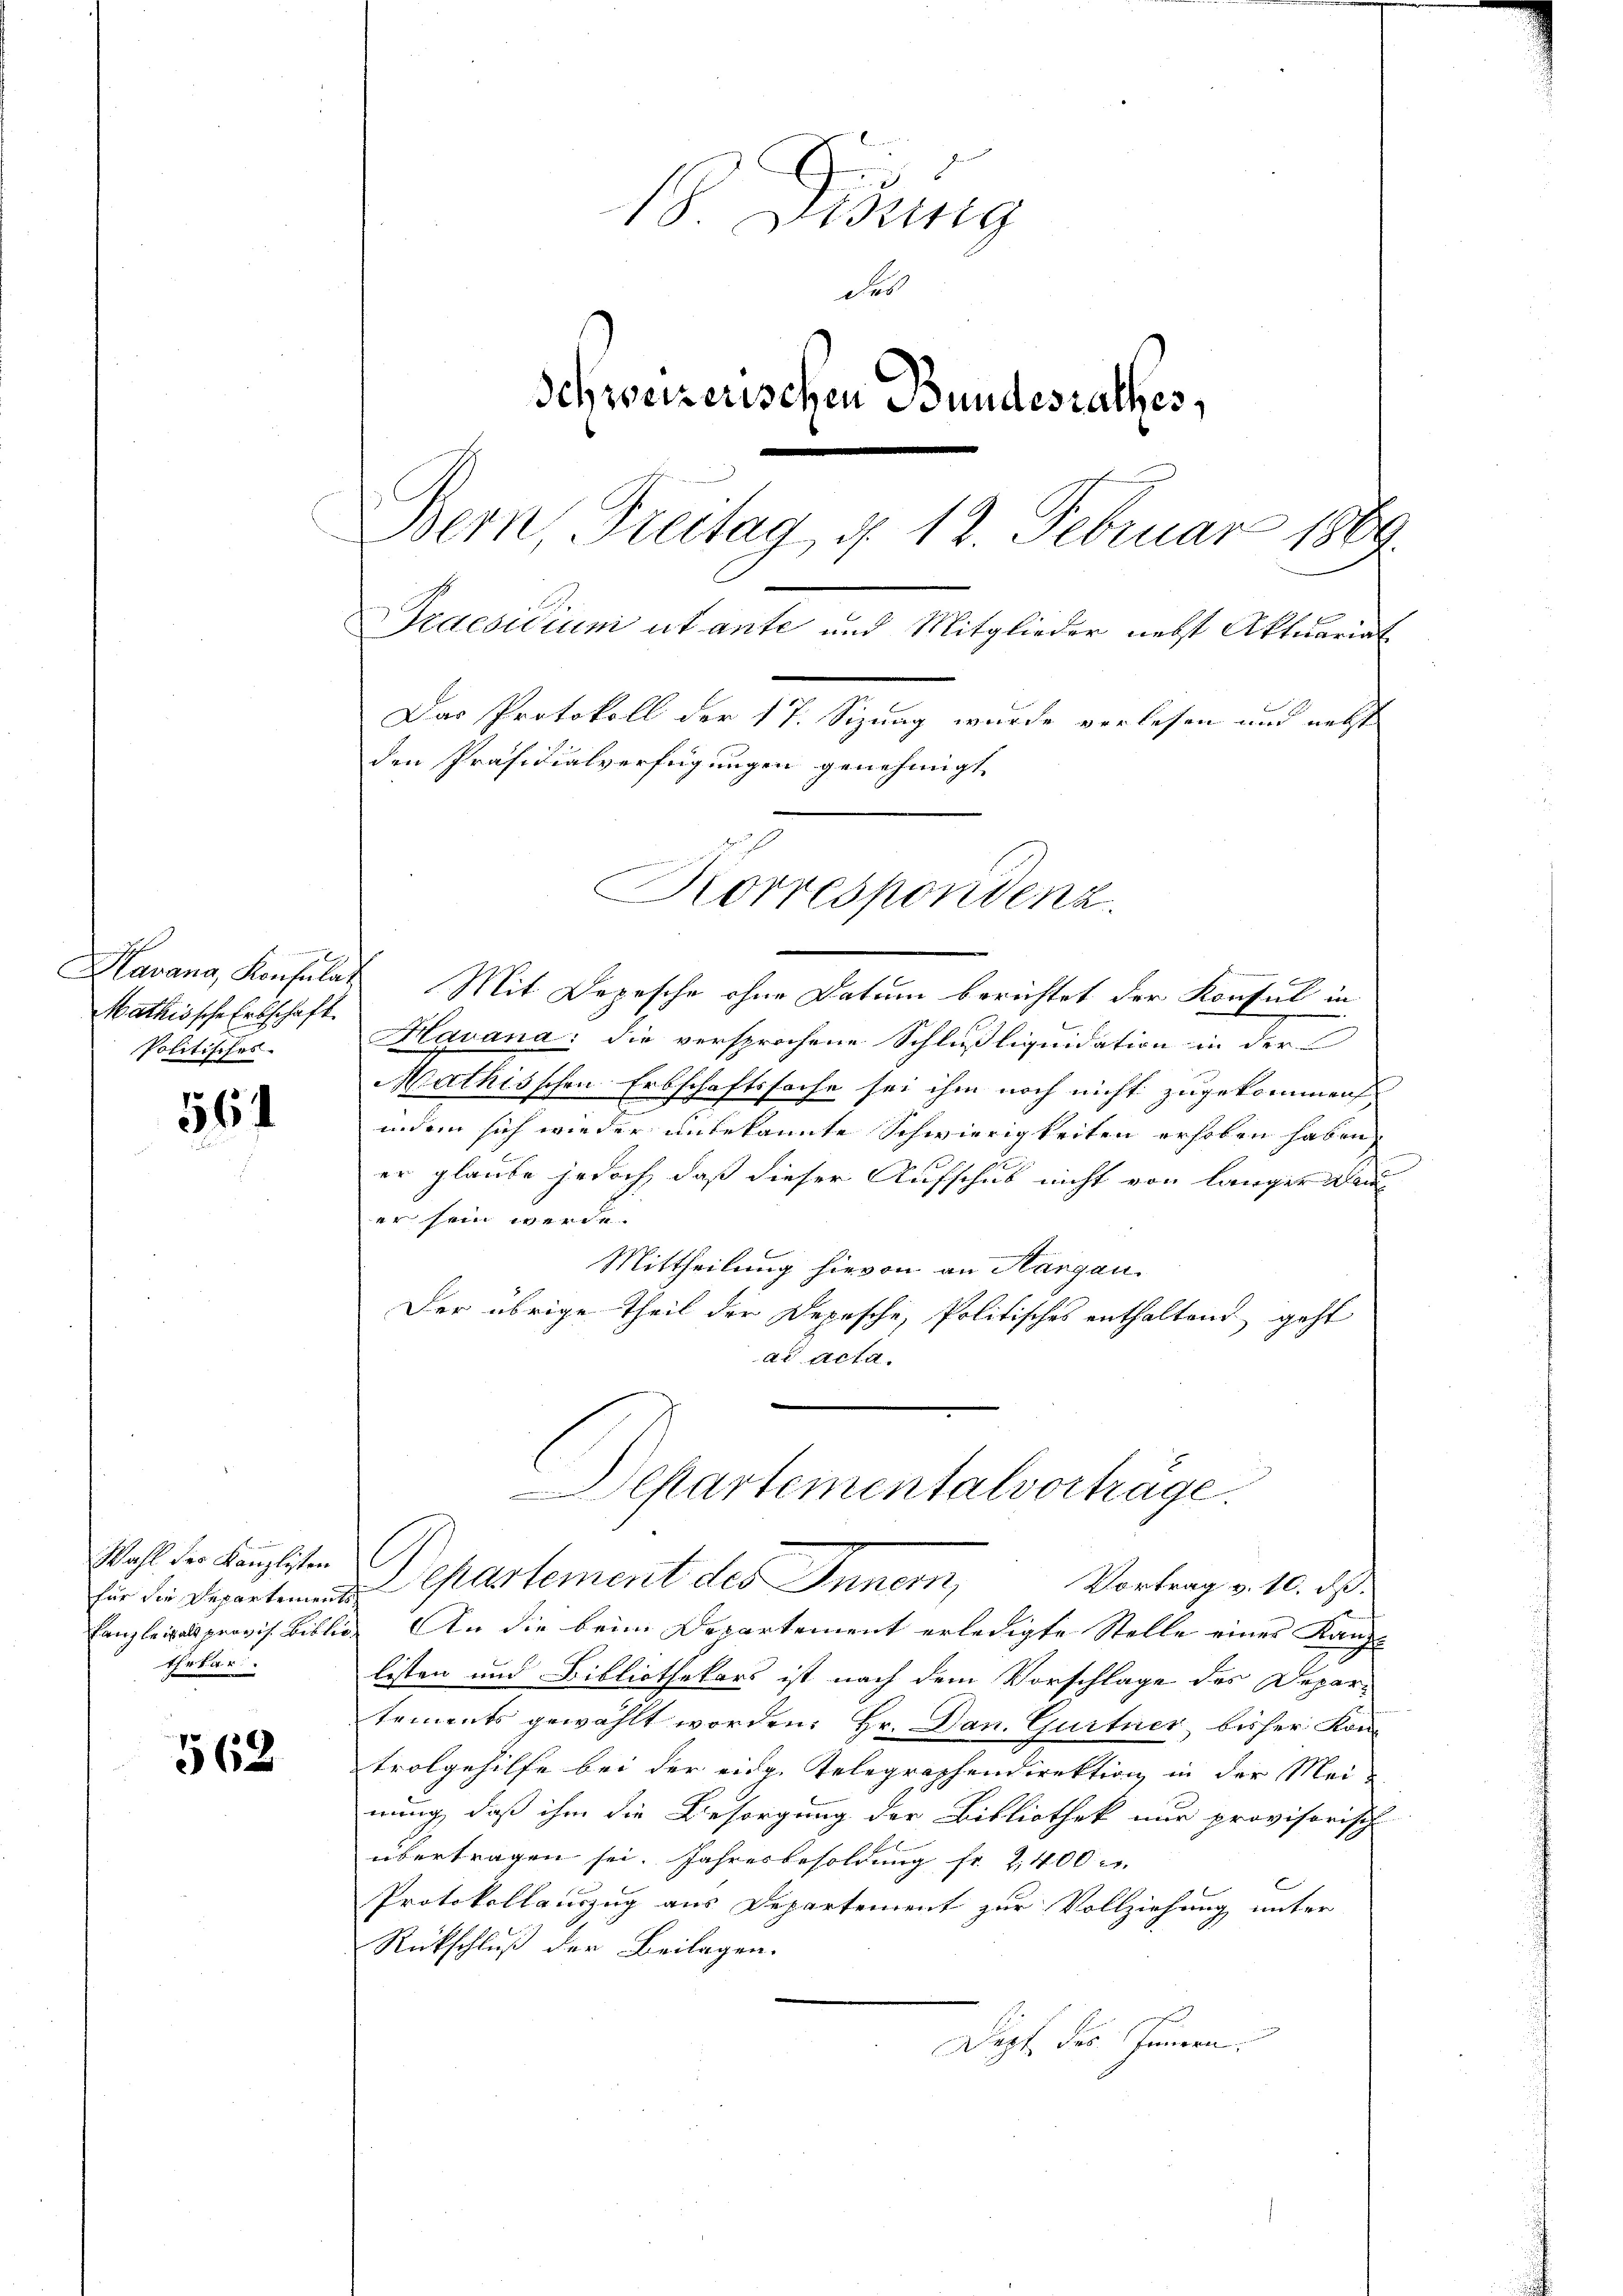
Mathissche Erbschaft.
Politisches

564

Wahl der Kanzlisten
thekar

562

18 Didung
Fes
Schweizerischen Bundesrathes,
Bern, Freitag d. 12. Februar 1869.

Praesidium ut ante und Mitglieder nebst Aktuariat
Das Protokoll der 17. Sizung wurde verlesen und nett
den Präsidialverfügungen genehmigt

Korrespondenz.

Havana, Konsulat. Mit Depesche ohne Datum berichtet der Konsul in
Havana: die versprochene Schlußliquidation in der
Mathisschen Erbschaftssache sei ihm noch nicht zugekommen
inden sich wieder unbekannte Schwierigkeiten erhoben haben
er glaube jedoch, daß dieser Aufschub nicht von länger Bau
er sein werde.
Mittheilung hievon an Margau.
Der übrige Theil der Depesche, Politisches enthaltend geht
ad Acta.
.
Canzleipals provis. Biblio. An die beim Departement erledigte Stelle einer Kauft
listen und Bibliothekars ist nach dem Vorschlage des Depar-
tements gewählt worden. Hr. Dan. Gurtner bisher Kontrolgehilfe bei der eidg. Telegraphendirektion in der Meinung, daß ihm die Besorgung der Bibliothek nur provisorisch-
übertragen sei. Jahresbesoldung fr. 2,400
C
Protokollauszug aus Departement zur Vollziehung unter
Rückschluß der Beilagen.
Dopf des Innern

.

epartementalvorträge.
Vortrag v. 10. d.
Eür die Departemendepartement des Innern,